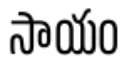
సాయం